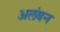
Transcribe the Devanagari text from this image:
अलंबन